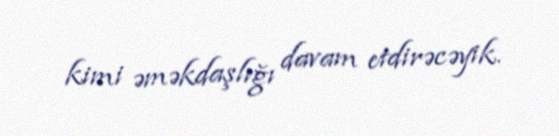
kimi əməkdaşlığı davam etdirəcəyik.